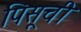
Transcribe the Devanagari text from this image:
पिसूची